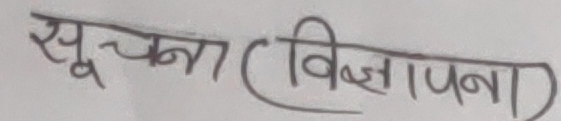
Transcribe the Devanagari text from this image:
सूचना (विज्ञापन)